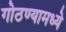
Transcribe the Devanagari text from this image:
गोठण्यामध्ये